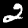
Digit: 2